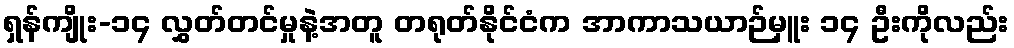
ရှန်ကျိုး-၁၄ လွှတ်တင်မှုနဲ့အတူ တရုတ်နိုင်ငံက အာကာသယာဉ်မှူး ၁၄ ဦးကိုလည်း